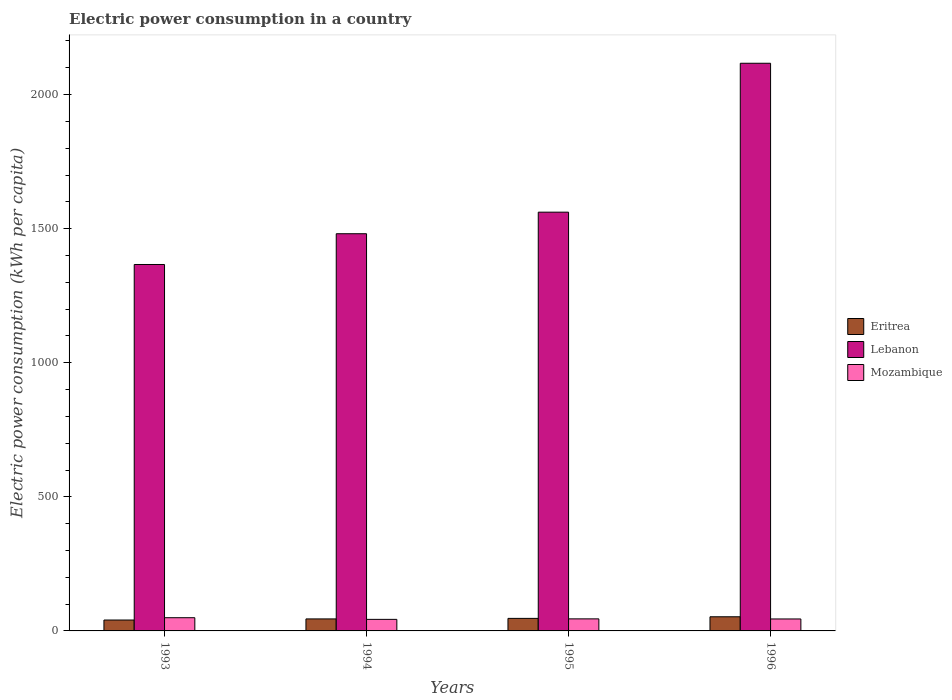
| Years | Eritrea | Lebanon | Mozambique |
 | --- | --- | --- | --- |
 | 1993 | 40.6 | 1.37e+03 | 49.3 |
 | 1994 | 44.8 | 1.48e+03 | 43.1 |
 | 1995 | 46.8 | 1.56e+03 | 44.9 |
 | 1996 | 52.8 | 2.12e+03 | 44.6 |